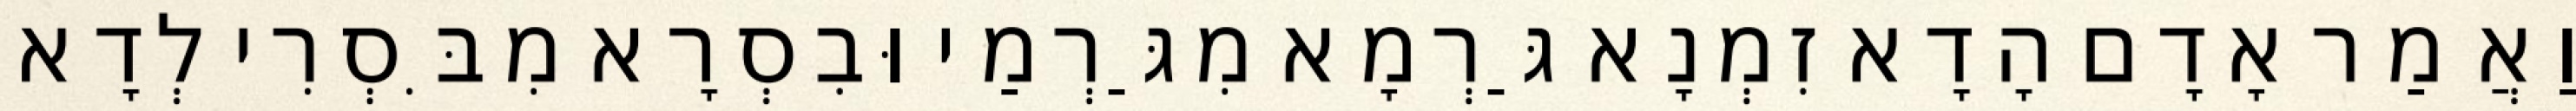
וַאֲמַר אָדָם הָדָא זִמְנָא גַּרְמָא מִגַּרְמַי וּבִסְרָא מִבִּסְרִי לְדָא